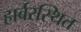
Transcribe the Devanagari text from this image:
हार्बरस्थित